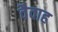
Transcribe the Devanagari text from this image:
वैवाह